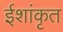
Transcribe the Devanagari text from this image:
ईशांकृत